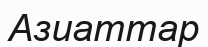
Азиаттар